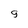
Character: 9